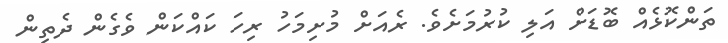
ތަންކޮޅެއް ބޮޑަށް އަލި ކުރުމަށެވެ. ރެއަށް މުށިމަހު ރިހަ ކައްކަން ވެގެން ދެތިން